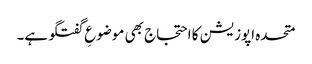
متحدہ اپوزیشن کا احتجاج بھی موضوعِ گفتگو ہے۔